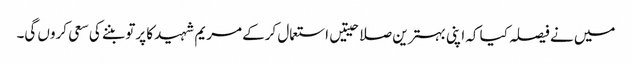
میں نے فیصلہ کیا کہ اپنی بہترین صلاحیتیں استعمال کرکے مریم شہید کا پرتو بننے کی سعی کروں گی۔